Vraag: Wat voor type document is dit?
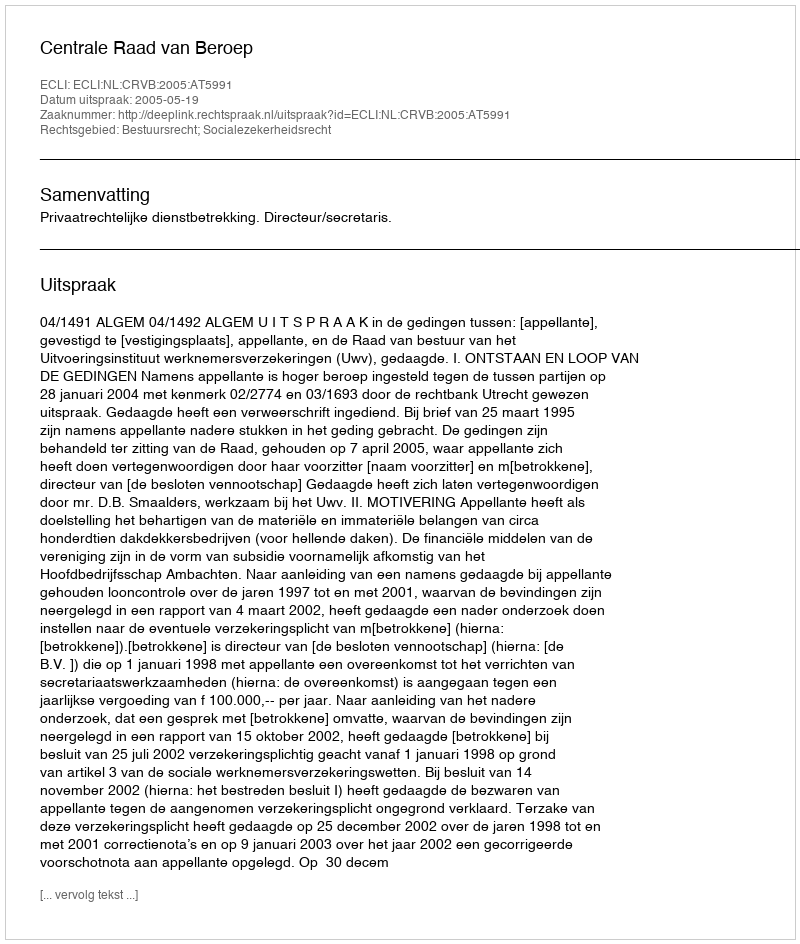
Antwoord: Uitspraak